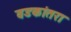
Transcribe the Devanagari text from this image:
वडकांतरा